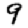
Digit: 9